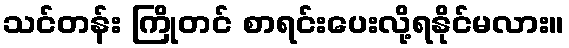
သင်တန်း ကြိုတင် စာရင်းပေးလို့ရနိုင်မလား။